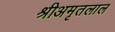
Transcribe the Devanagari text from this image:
श्रीअमृतलाल